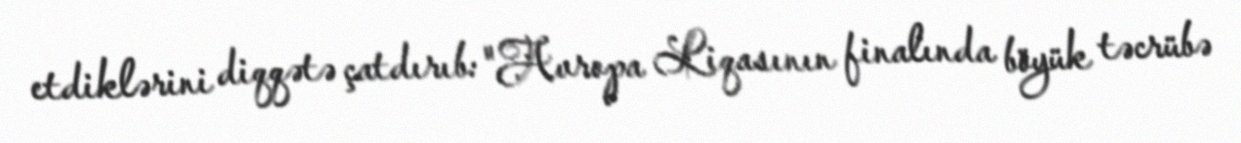
etdiklərini diqqətə çatdırıb: "Avropa Liqasının finalında böyük təcrübə